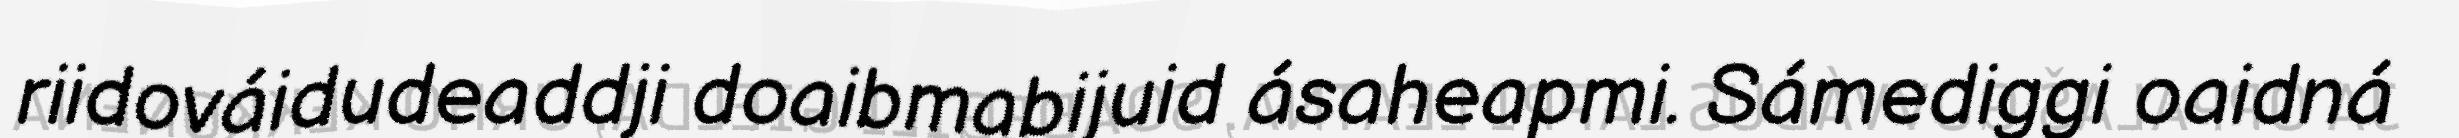
riidováidudeaddji doaibmabijuid ásaheapmi. Sámediggi oaidná